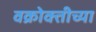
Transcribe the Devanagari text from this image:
वक्रोक्तीच्या